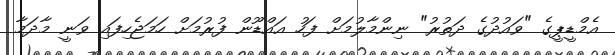
އެމްޑީޕީގެ "ވައުދުގެ ދަތުރު" ނިންމާލުމަށް ފަހު އައްޑޫން ފުރުމަށް ހަމަޖެހިފައި ވަނީ މާދަމާ